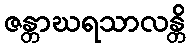
ဇန္တာဃရသာလန္တိ